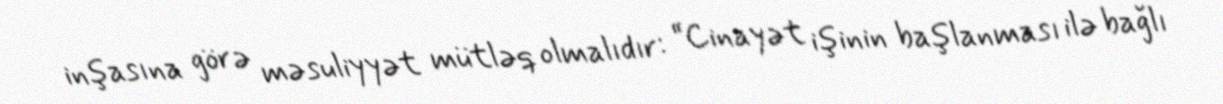
inşasına görə məsuliyyət mütləq olmalıdır: “Cinayət işinin başlanması ilə bağlı